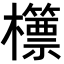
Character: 𣠓